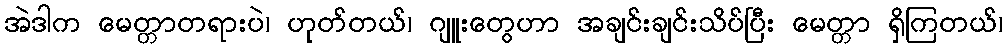
အဲဒါက မေတ္တာတရားပဲ၊ ဟုတ်တယ်၊ ဂျူးတွေဟာ အချင်းချင်းသိပ်ပြီး မေတ္တာ ရှိကြတယ်၊